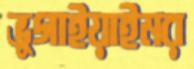
ভুগাইয়াইমর